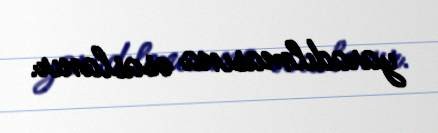
yaradılmasına əsaslanır.